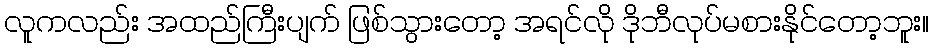
လူကလည်း အထည်ကြီးပျက် ဖြစ်သွားတော့ အရင်လို ဒိုဘီလုပ်မစားနိုင်တော့ဘူး။